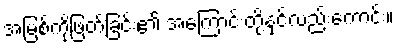
အမြစ်ကိုဖြတ်ခြင်း၏ အကြောင်းတို့နှင့်လည်းကောင်း။